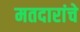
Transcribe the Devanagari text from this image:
मतदारांचे